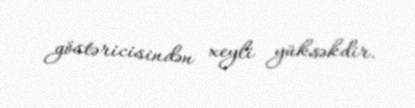
göstəricisindən xeyli yüksəkdir.